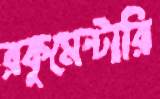
রকুমেন্টারি